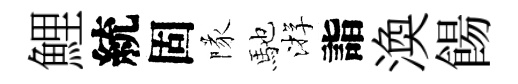
鯉統固隊馳㳺詣渙餳